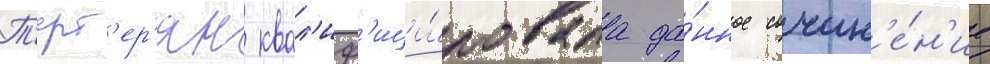
Т'ерт'ер'ян квал'иф'ици́ровала да́нное сочин'е́н'ие